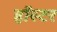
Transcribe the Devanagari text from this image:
हॉस्टर